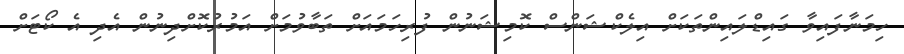
ހިމަނާފައިވާ ގައިޑްލައިންތަކަށް އިލެކްޝަންސް ކޮމިޝަނުން ފުރިހަމައަށް ތަބާވުމަށް އަމުރުކޮށްދިނުން އެދި އެ ކޯޓަށް